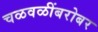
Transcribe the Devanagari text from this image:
चळवळींबरोबर